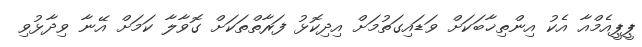
ޕީޕީއެމްއާ އެކު އިންތިޚާބަކަށް ވަޑައިގަތުމަށް އިދިކޮޅު ފަރާތްތަކަށް ގޮވާލާ ކަމަށް އޭނާ ވިދާޅުވި